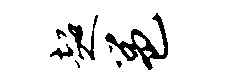
超邕